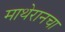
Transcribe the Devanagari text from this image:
माथेरानचा